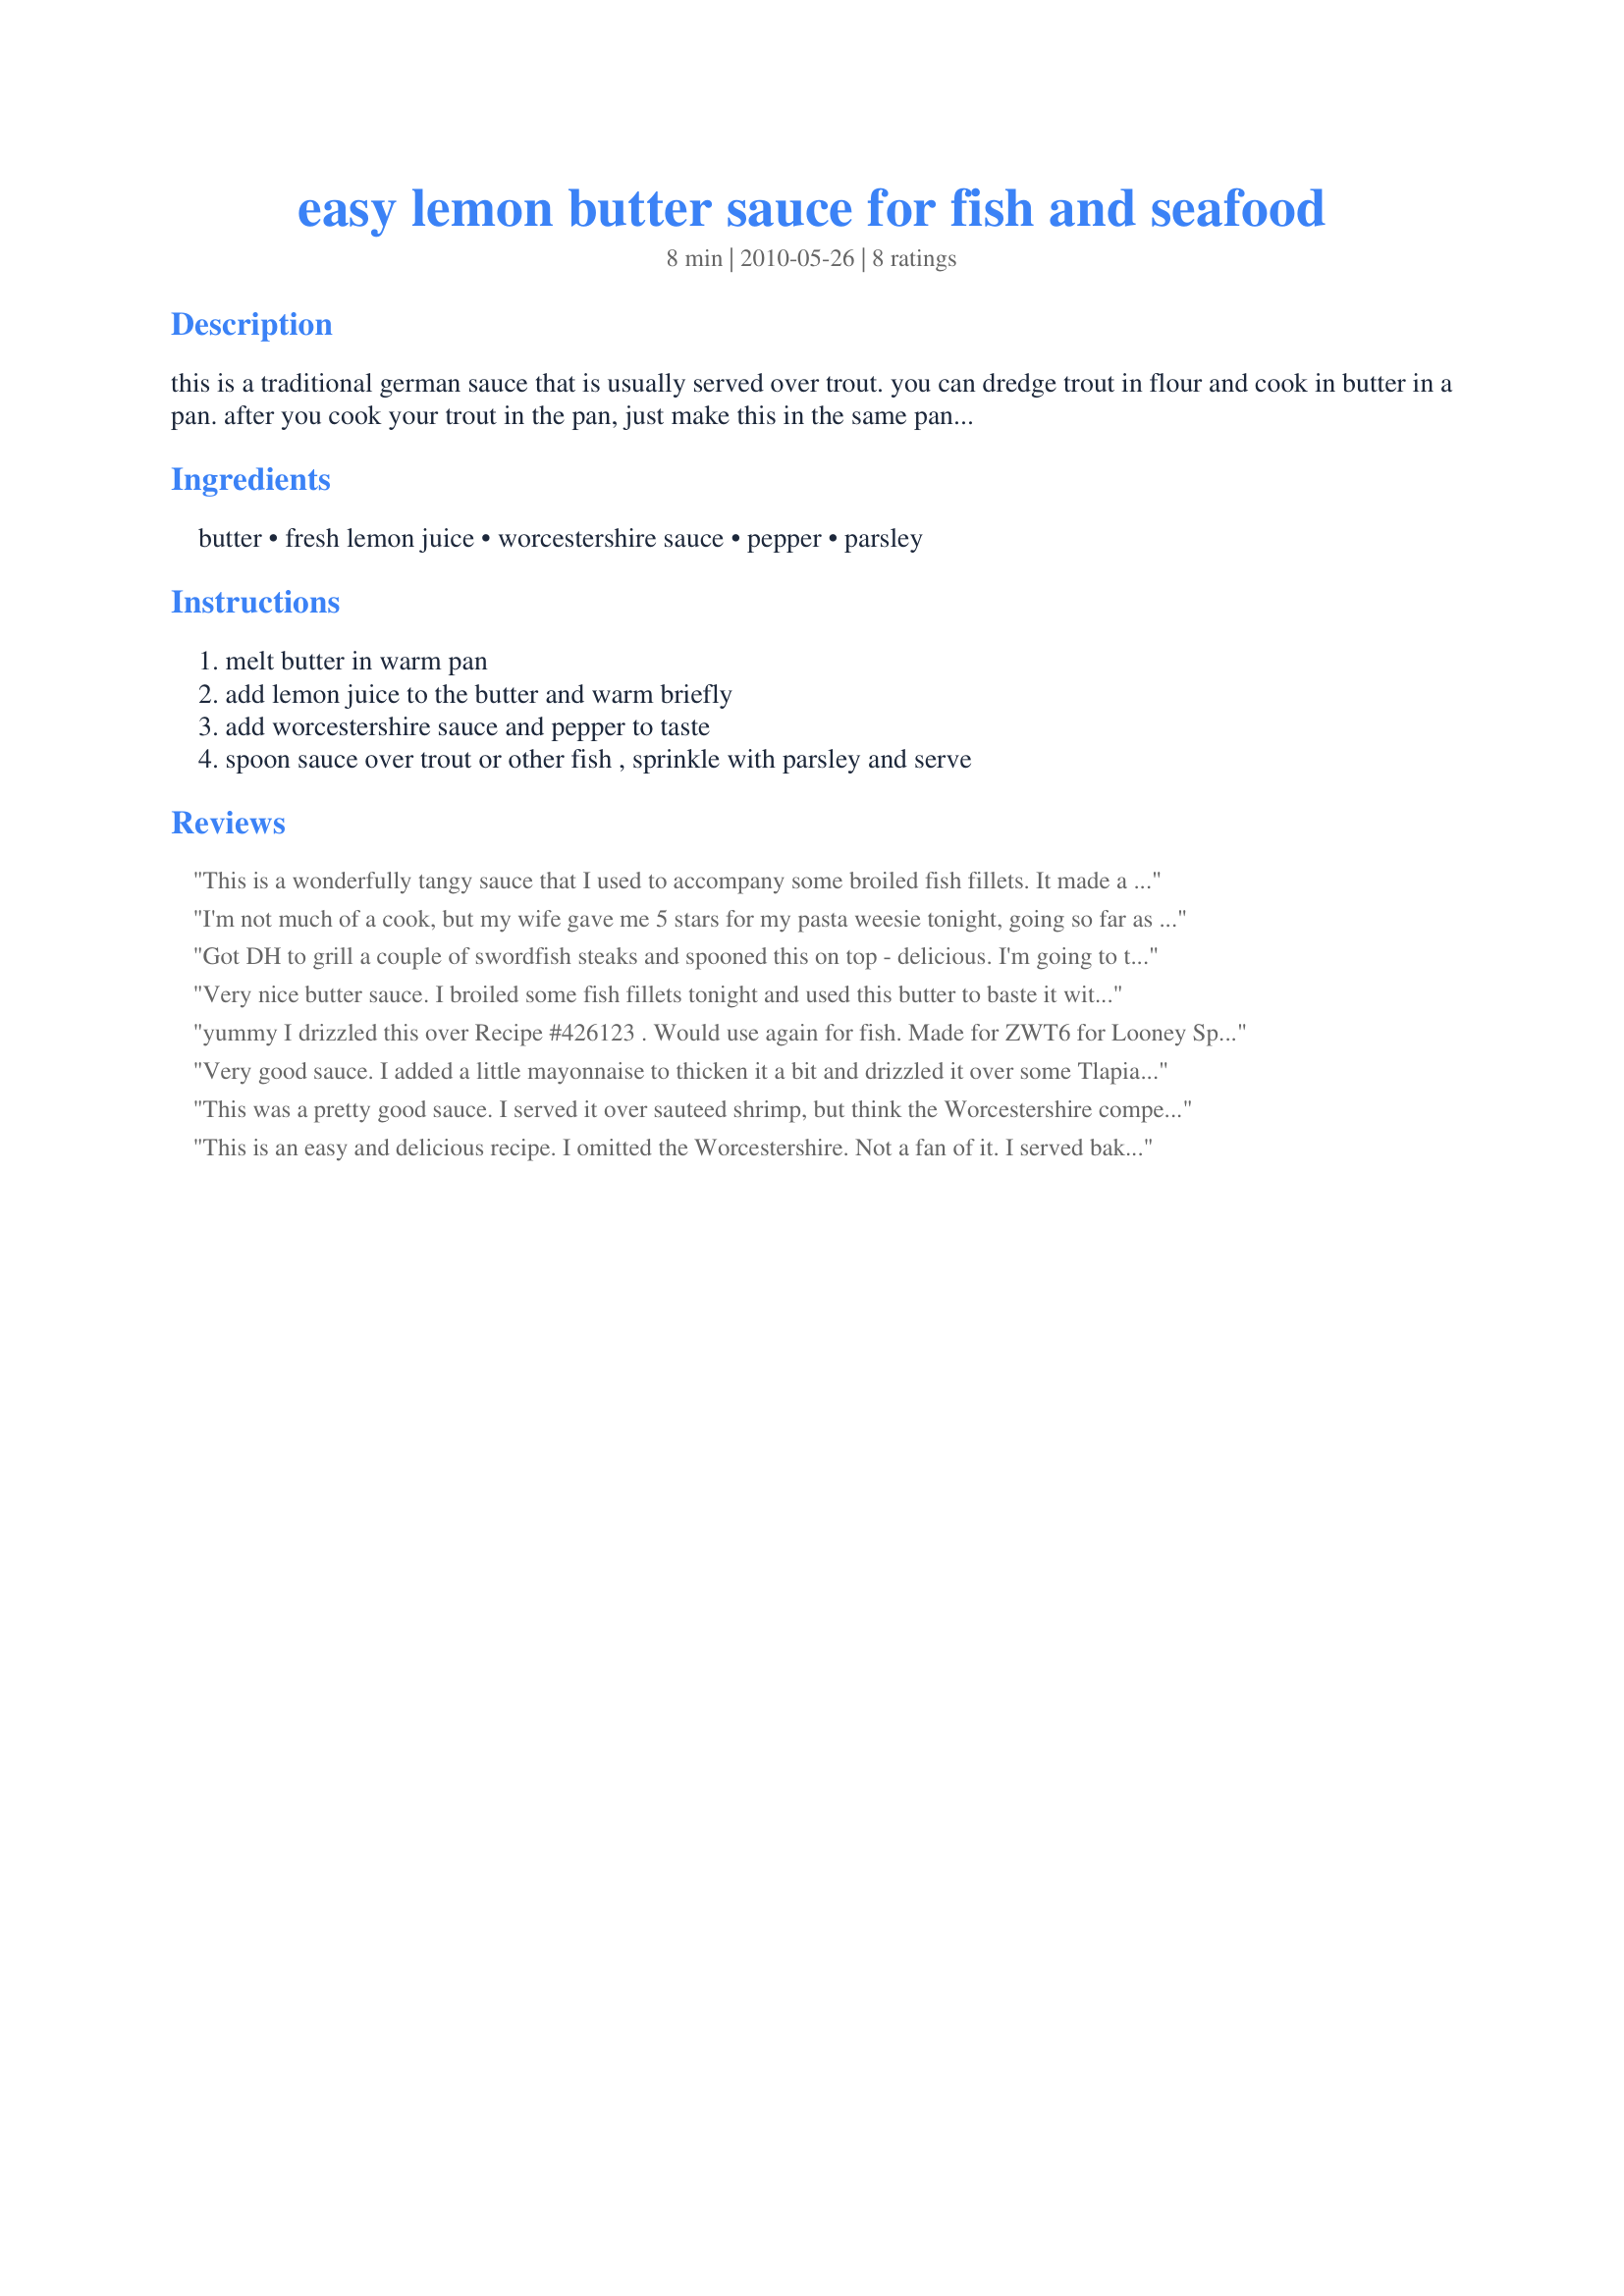
easy lemon butter sauce for fish and seafood
Preparation time: 8 minutes

this is a traditional german sauce that is usually served over trout. you can dredge trout in flour and cook in butter in a pan. after you cook your trout in the pan, just make this in the same pan to get those flavours! you can absolutely use this on any seafood. enjoy!

Ingredients:
butter, fresh lemon juice, worcestershire sauce, pepper, parsley

Steps:
melt butter in warm pan, add lemon juice to the butter and warm briefly, add worcestershire sauce and pepper to taste, spoon sauce over trout or other fish , sprinkle with parsley and serve

Reviews:
This is a wonderfully tangy sauce that I used to accompany some broiled fish fillets. It made a very nice lunch. I think the lemon juice was a tad too much (though I admit that I didn't measure but just squeezed 1/2 a lemon, so it might have been more lemon than the recipe actually calls for). But next time, I will cut the lemon back to maybe 1 1/2 tablespoons so the worcestershire sauce is a bit more prominent. But otherwise, this was excellent and is something I'd be happy to serve to company. Thanks, Nif. Made for the Seasoned Sailor and his Sassy Sirens team while cooking for the Zaar World Tour #6.
I'm not much of a cook, but my wife gave me 5 stars for my pasta weesie tonight, going so far as to say it was better than Carrabas's.
Got DH to grill a couple of swordfish steaks and spooned this on top - delicious. I'm going to try this on all kinds of fillets. Salmon's next. Thanks. :-)
Very nice butter sauce. I broiled some fish fillets tonight and used this butter to baste it with. Also used it as a dipping sauce for the fish. Thanks for sharing....made for ZWT by an Unruly Under the Influence.
yummy I drizzled this over Recipe #426123 . Would use again for fish. Made for ZWT6 for Looney Spoon Phoodies.
Very good sauce. I added a little mayonnaise to thicken it a bit and drizzled it over some Tlapia fillet that I had baked with Lemon-Pepper. It was so good my family asked for more sauce to dip their fish in.
This was a pretty good sauce. I served it over sauteed shrimp, but think the Worcestershire competed overwhelmed the shrimp a little. I'm sure it would be better with fish and I want to try it over whitefish fillets. Thank you for posting! Made for Swizzle Chicks and ZWT6.
This is an easy and delicious recipe. I omitted the Worcestershire. Not a fan of it. I served baked cod on a bed of angel hair pasta. Poured the sauce over fish. Everybody loved it. :)
